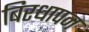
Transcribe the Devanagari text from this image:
बिरधापन